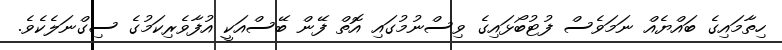
ހިތާމައިގެ ބައްޔެއް ނަމަވެސް ފުޓުބޯޅައިގެ ވިސްނުމުގައި އޮތް ފޭން ބޭސްއަކީ އުފާވެރިކަމުގެ ސިގްނަލެކެވެ.